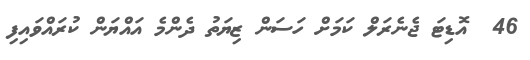
46  އޮޑިޓަ ޖެނެރަލް ކަމަށް ހަސަން ޒިޔަތު ދެންމެ އައްޔަން ކުރައްވައިފި